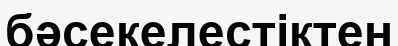
бәсекелестіктен